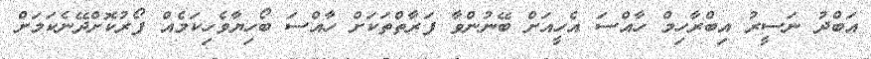
އަބްދު ނަސީރު އިބްރާހިމް ހާއްސަ އެހީއަށް ބޭނުންވާ ފަރާތްތަކަށް ހާއްސަ ބޯހިޔާވެހިކަމެއް ފޯރުކޮށްދޭނެކަމަށް